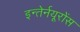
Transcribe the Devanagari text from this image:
इन्तेर्नयूरोंस